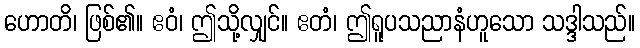
ဟောတိ၊ ဖြစ်၏။ ဧဝံ၊ ဤသို့လျှင်။ ဧတံ၊ ဤရူပသညာနံဟူသော သဒ္ဒါသည်။